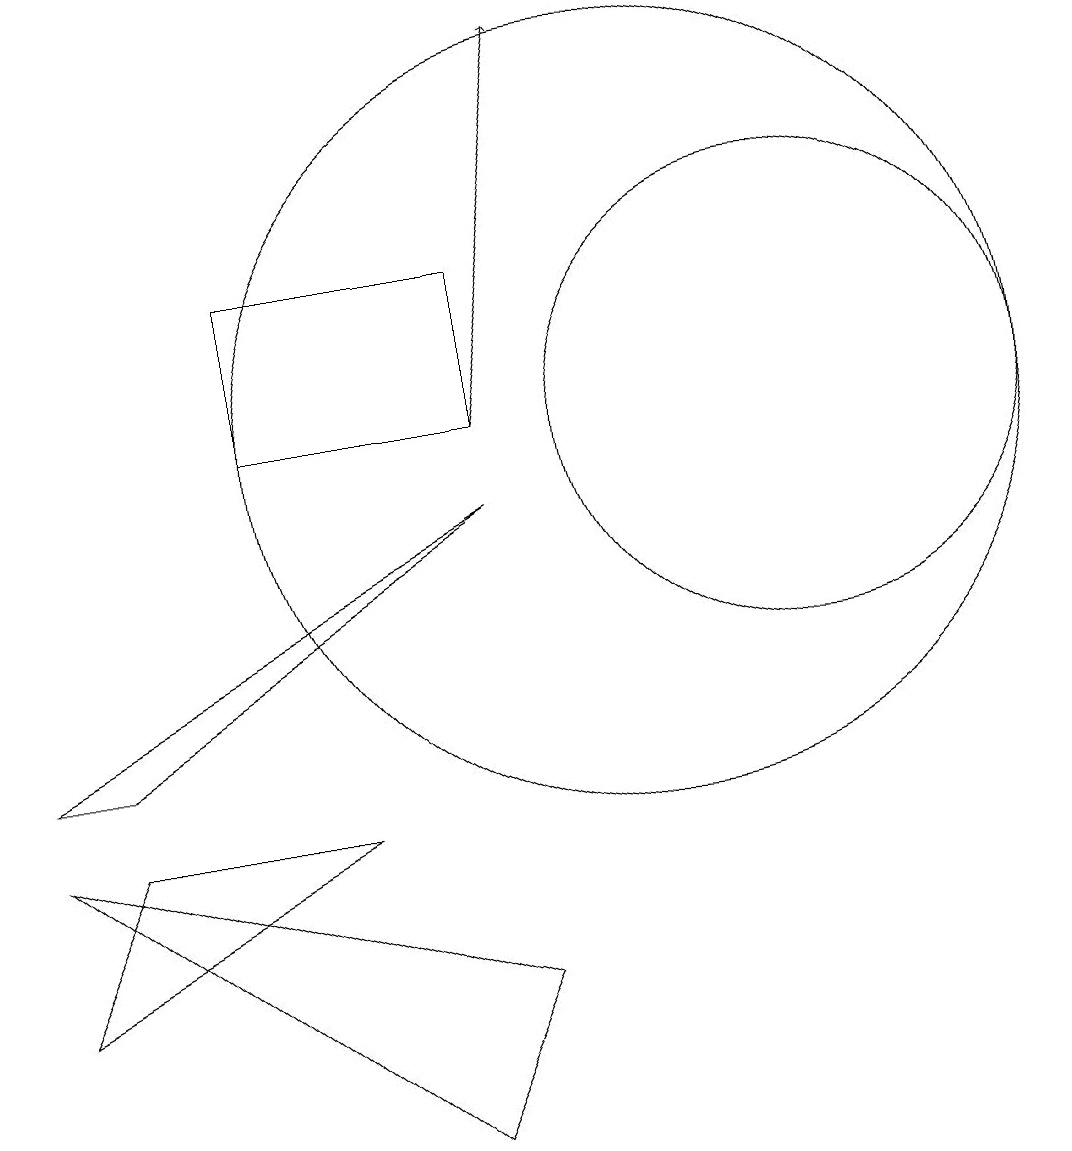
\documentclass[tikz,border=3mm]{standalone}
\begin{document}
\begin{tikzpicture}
\draw[->] (8,10) -- (9,15);
\draw (10,10) circle (5);
\draw (3,6) -- (8,9) -- (2,6) -- cycle;
\draw (7,1) -- (2,5) -- (8,3) -- cycle;
\draw (12,10) circle (3);
\draw (8,10) rectangle (5,12);
\draw (3,5) -- (2,3) -- (6,5) -- cycle;
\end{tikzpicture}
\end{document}